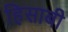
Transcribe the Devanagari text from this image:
हिसाबी